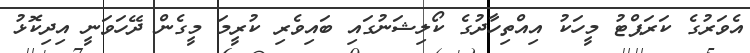
އެވަރުގެ ކަރަޕްޓު މީހަކު އިއްތިހާދުގެ ކޯލިޝަނުގައި ބައިވެރި ކުރީމަ މީގެން ދޭހަވަނީ އިދިކޮޅު